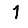
Digit: 1